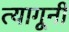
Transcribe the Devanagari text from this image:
त्यागूनी